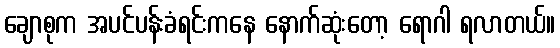
ချောစုက အပင်ပန်းခံရင်းကနေ နောက်ဆုံးတော့ ရောဂါ ရလာတယ်။